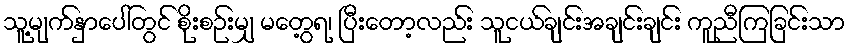
သူ့မျက်နှာပေါ်တွင် စိုးစဉ်းမျှ မတွေ့ရ၊ ပြီးတော့လည်း သူငယ်ချင်းအချင်းချင်း ကူညီကြခြင်းသာ